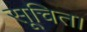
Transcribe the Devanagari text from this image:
सूचित।